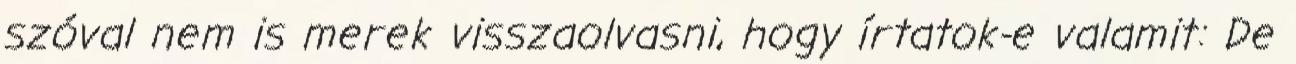
szóval nem is merek visszaolvasni, hogy írtatok-e valamit: De